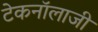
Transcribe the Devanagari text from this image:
टेकनॉलाजी